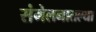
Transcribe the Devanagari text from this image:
संमेलनातल्या